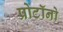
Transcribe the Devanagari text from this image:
प्रोटॉनो